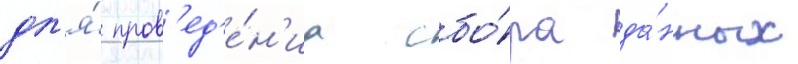
дл'я́ пров'ед'е́н'иа сбо́ра да́нных